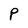
Character: P